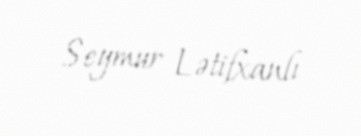
Seymur Lətifxanlı